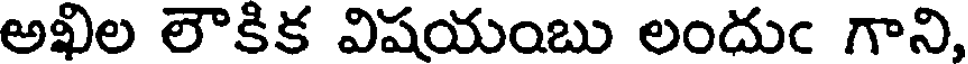
అఖిల లౌకిక విషయంబు లందుఁ గాని,